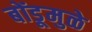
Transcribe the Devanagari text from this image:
बोंडूमुळे